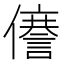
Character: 𠐜